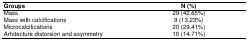
<table><thead><tr><td><b>Groups</b></td><td><b>N (%)</b></td></tr></thead><tbody><tr><td>Mass</td><td>29 (42.65%)</td></tr><tr><td>Mass with calcifications</td><td>9 (13.23%)</td></tr><tr><td>Microcalcifications</td><td>20 (29.41%)</td></tr><tr><td>Arhitecture distorsion and asymmetry</td><td>10 (14.71%)</td></tr></tbody></table>